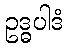
ဥဒ္ဓပါဒံ